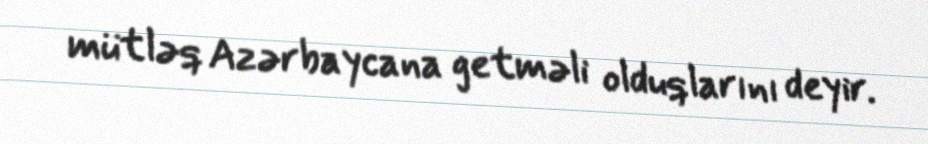
mütləq Azərbaycana getməli olduqlarını deyir.